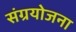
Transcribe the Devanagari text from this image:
संग्रयोजना